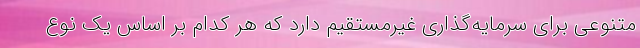
متنوعی برای سرمایه‌گذاری غیرمستقیم دارد که هر کدام بر اساس یک نوع